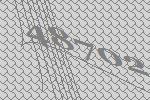
48702